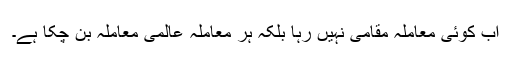
اب کوئی معاملہ مقامی نہیں رہا بلکہ ہر معاملہ عالمی معاملہ بن چکا ہے۔